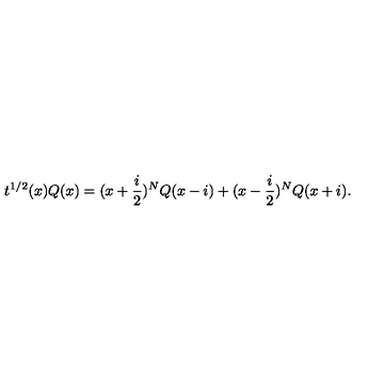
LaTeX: t ^ { 1 / 2 } ( x ) Q ( x ) = ( x + \frac { i } { 2 } ) ^ { N } Q ( x - i ) + ( x - \frac { i } { 2 } ) ^ { N } Q ( x + i ) .